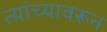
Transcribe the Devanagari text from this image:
त्यांच्यावरून